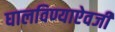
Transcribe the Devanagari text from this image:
घालविण्याऐवजी